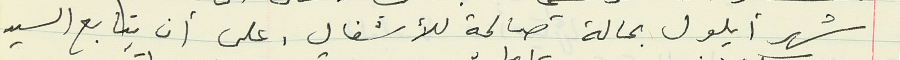
شهر أيلول بحالة صالحة للأشغال، على أن يتابع السيد